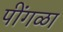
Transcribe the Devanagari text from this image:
पींगळा